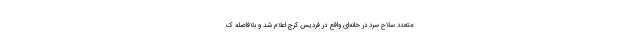
متعدد سلاح سرد در خانه‌ای واقع در فردیس کرج اعلام شد و بلافاصله ک